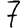
Digit: 7